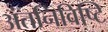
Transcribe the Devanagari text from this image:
अंतनिविष्टि